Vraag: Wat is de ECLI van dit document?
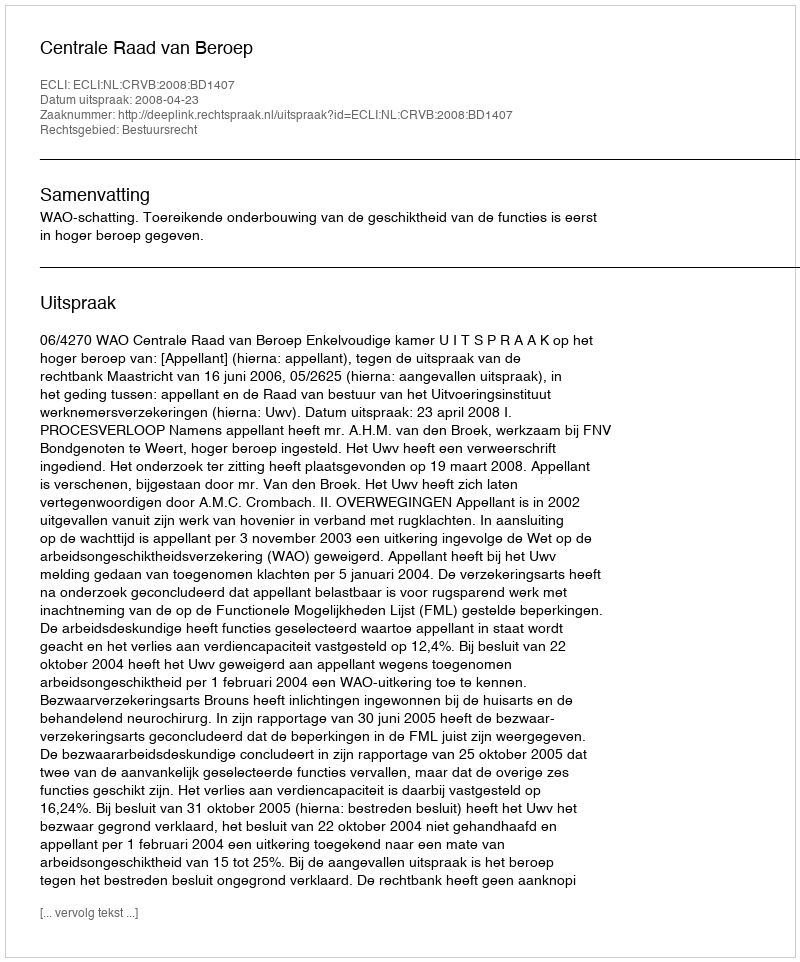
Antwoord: ECLI:NL:CRVB:2008:BD1407